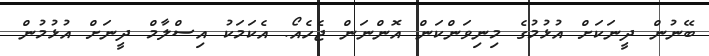
ބޭނުން ދީނަކަށް އުޅުމުގެ މިނިވަންކަން އޮންނަން ޖެހެއޯ. އެކަމަކު އިސްލާމް ދީނަށް އުޅުމުން